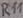
Text: R11